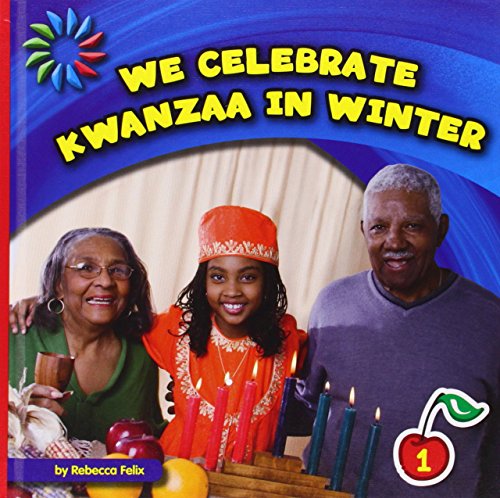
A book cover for We Celebrate Kwanzaa in Winter (21st Century Basic Skills Library); Rebecca Felix; Children's Books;